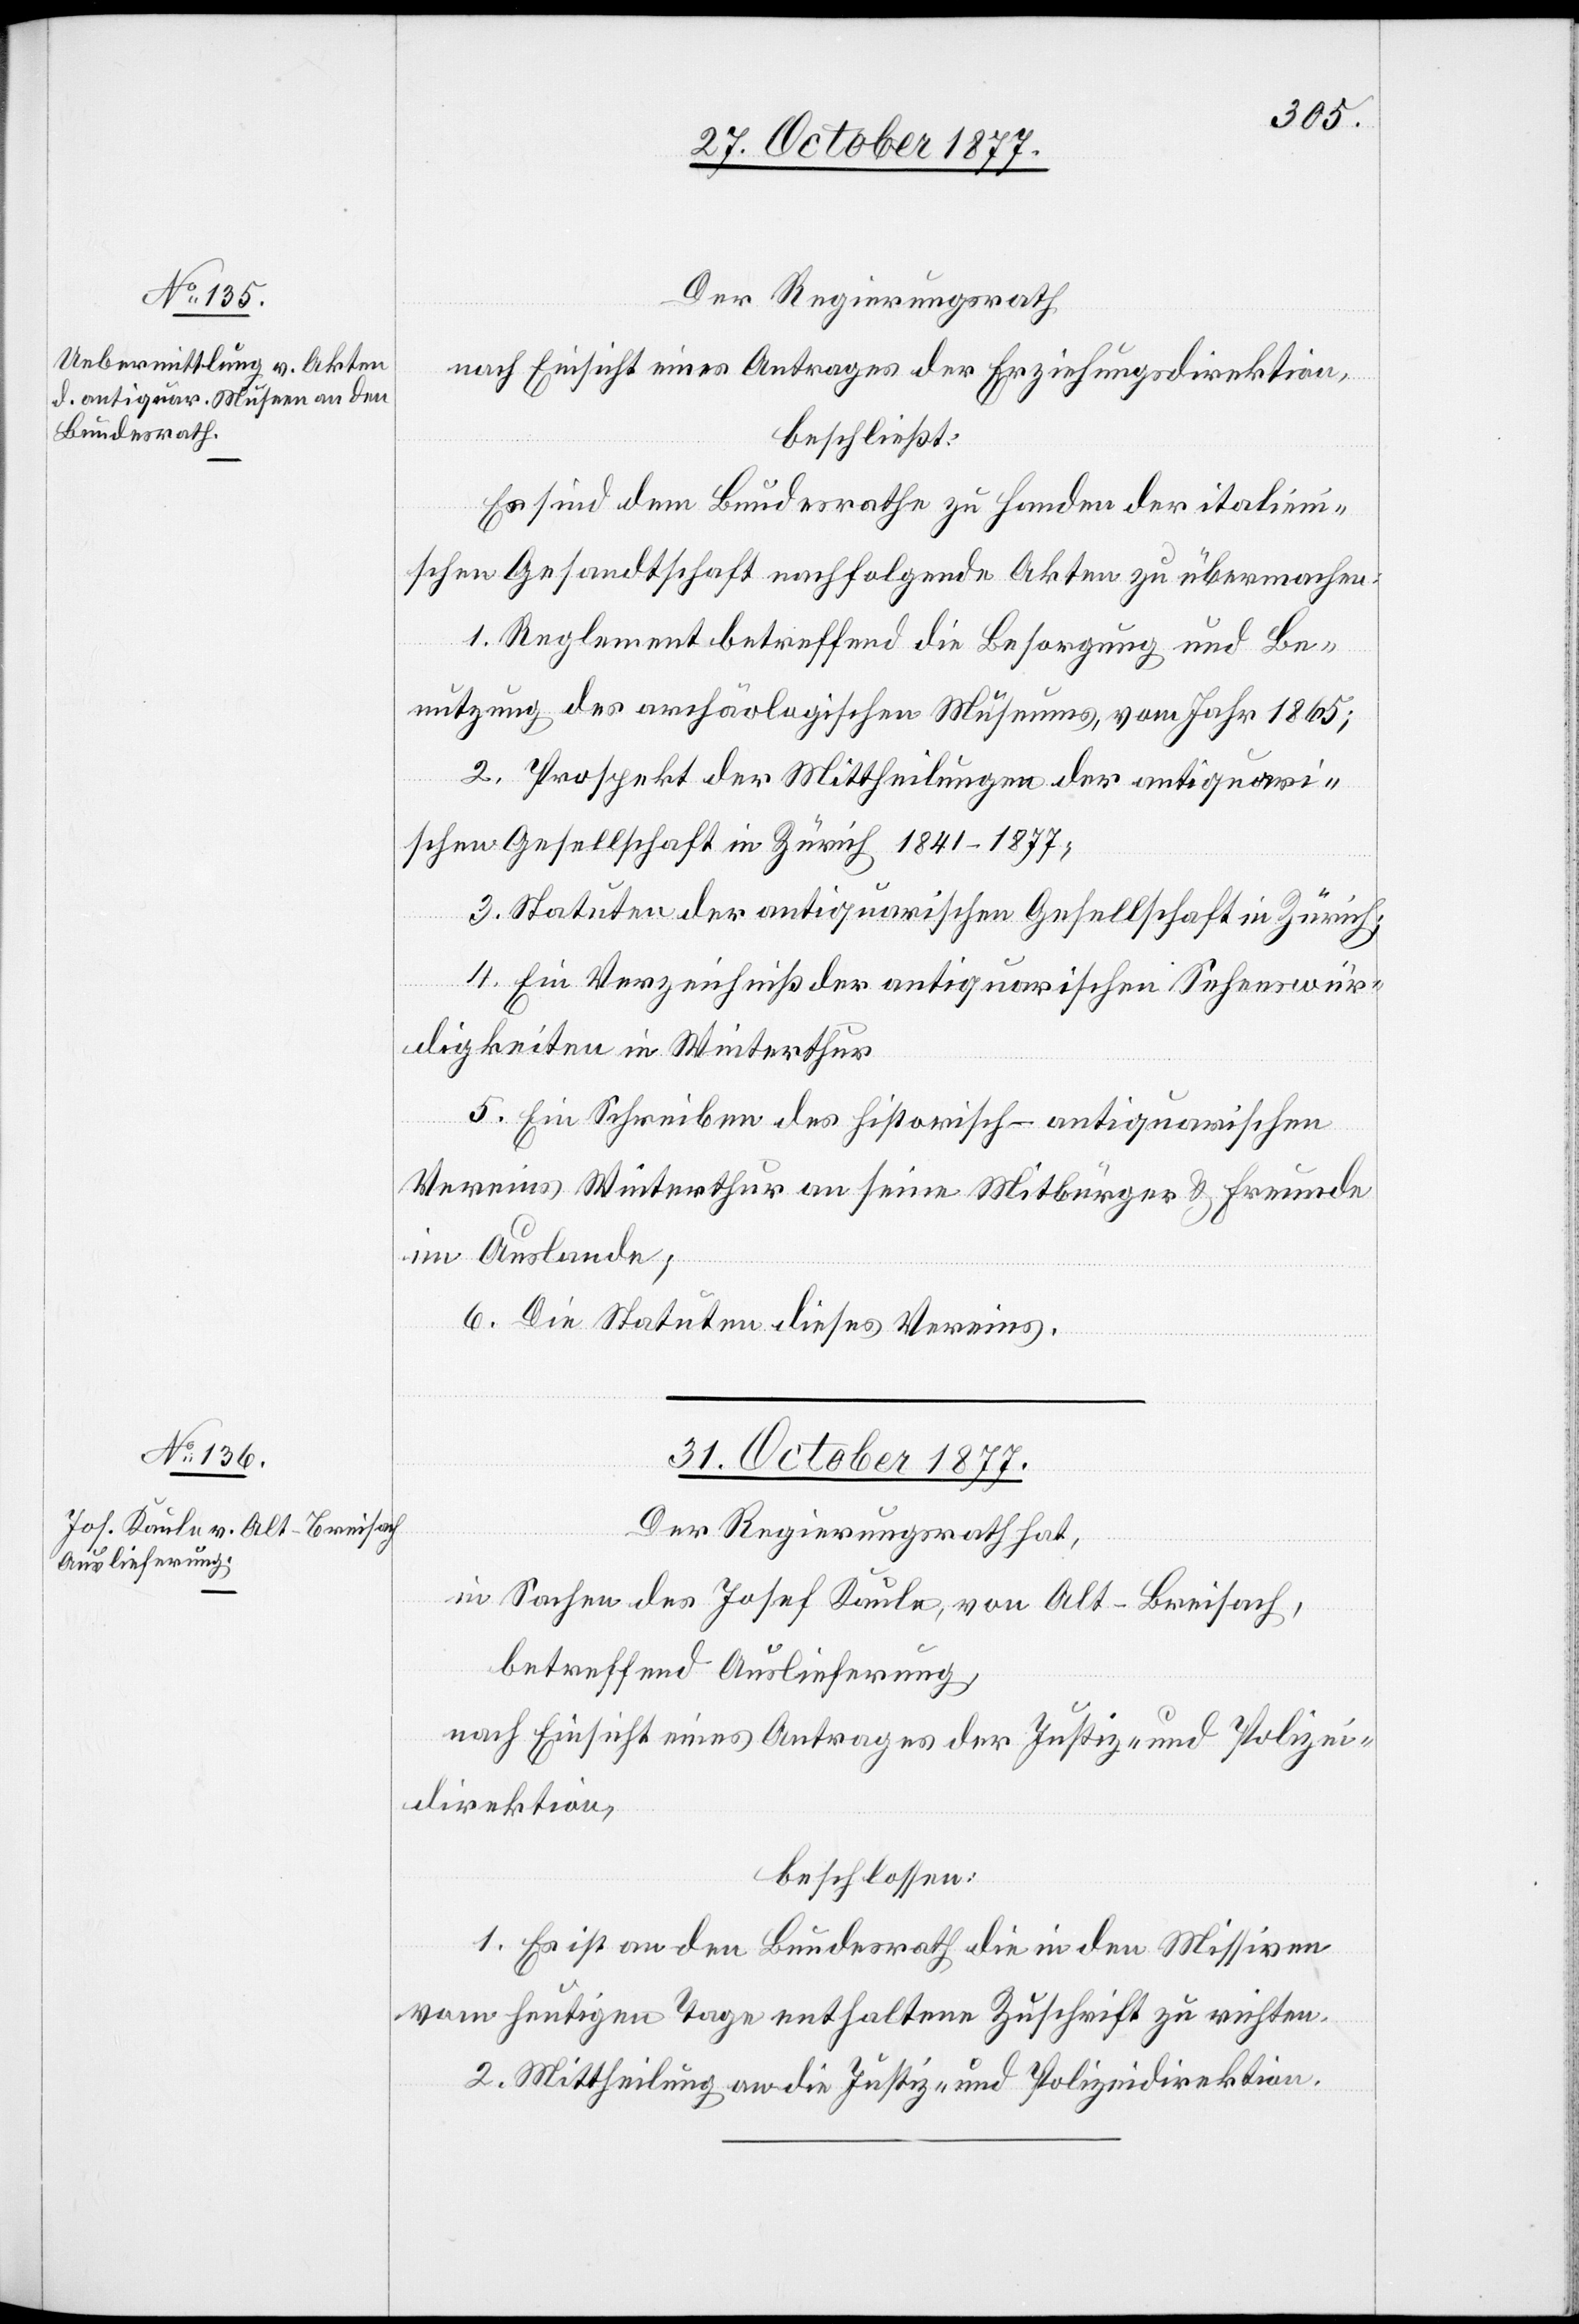
Der Regierungsrath
nach Einsicht eines Antrages der Erziehungsdirektion,
beschließt:
Es sind dem Bundesrathe zu Handen der italieni¬
schen Gesandtschaft nachfolgende Akten zu übermachen:
1. Reglement betreffend die Besorgung und Be¬
nutzung des archäologischen Museums, vom Jahr 1865;
2. Prospekt der Mittheilungen der antiquari¬
schen Gesellschaft in Zürich 1841–1877;
3. Statuten der antiquarischen Gesellschaft in Zürich;
4. Ein Verzeichniß der antiquarischen Sehenswür¬
digkeiten in Winterthur
5. Ein Schreiben des historisch-antiquarischen
Vereins Winterthur an seine Mitbürger & Freunde
im Auslande;
6. Die Statuten dieses Vereins.
31. October 1877.
Der Regierungsrath hat,
in Sachen des Josef Kaule, von Alt-Breisach,
betreffend Auslieferung,
nach Einsicht eines Antrages der Justiz- und Polizei¬
direktion,
beschlossen:
1. Es ist an den Bundesrath die in den Missiven
vom heutigen Tage enthaltene Zuschrift zu richten.
2. Mittheilung an die Justiz- und Polizeidirektion.